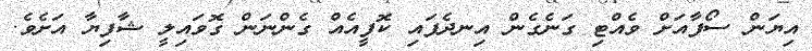
އިޔަން ސޯފާއަށް ވެއްޓި ގަނެގެން އިނދެފައި ކޮފީއެއް ގެންނަން ގޮވައިލީ ޝާފިޔާ އަށެވެ.